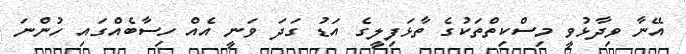
އޭނާ ވިދާޅުވީ މިސްކިތްތަކުގެ ތާޅަފިލީގެ އަޑު ގަދަ ވަނީ އެއް ހިސާބެއްގައި ހުންނަ